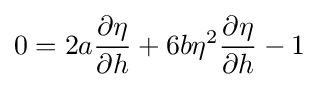
0=2a{\frac {\partial \eta }{\partial h}}+6b\eta ^{2}{\frac {\partial \eta }{\partial h}}-1